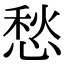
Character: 愁